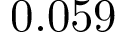
0 . 0 5 9